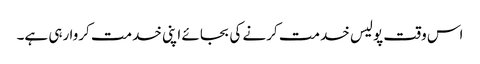
اس وقت پولیس خدمت کرنے کی بجائے اپنی خدمت کروا رہی ہے۔